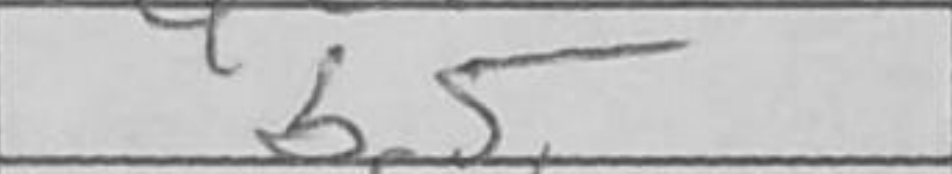
Transcription: b5